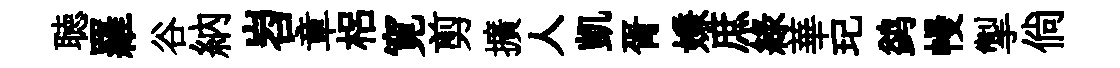
聴羅谷納岧章梠寛剪擴人凱胥嫌庶綠華玘鹢幔掣倘